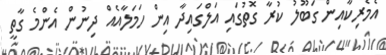
އެމެރިކާއިން ގަބޫލު ކުރާ ގޮތުގައި އަލްގައިދާ އިން ހަމަލާއެއް ދިނުން އެންމެ ގާތީ